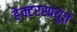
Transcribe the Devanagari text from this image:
हेक्टरस्प्रयुत